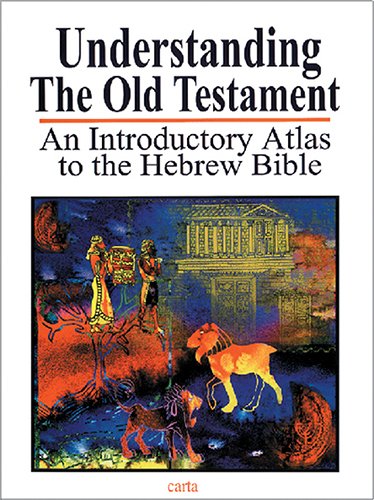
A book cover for Understanding the Old Testament: An Introductory Atlas to the Hebrew Bible; Baruch Sarel; Christian Books & Bibles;